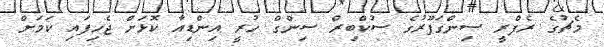
މެޗުގެ ރެފްރީ ސިންގަޕޫރުގެ ސުކްބިރް ސިންގް ހުރީ އިންޑިއާ ކޮޅަށް ޖެހިފައި ކަމަށް